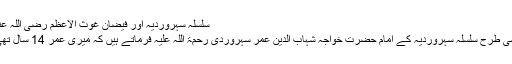
سلسلہ سہروردیہ اور فیضان غوث الاعظم رضی اللہ عنہ
اسی طرح سلسلہ سہروردیہ کے امام حضرت خواجہ شہاب الدین عمر سہروردی رحمۃ اللہ علیہ فرماتے ہیں کہ میری عمر 14 سال تھی۔